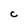
Character: C